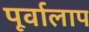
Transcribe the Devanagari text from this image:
पूर्वालाप